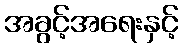
အခွင့်အရေးနှင့်